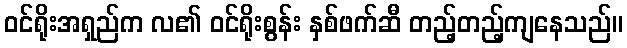
ဝင်ရိုးအရှည်က လ၏ ဝင်ရိုးစွန်း နှစ်ဖက်ဆီ တည့်တည့်ကျနေသည်။